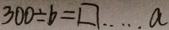
3 0 0 \div b = \square \cdots a